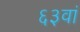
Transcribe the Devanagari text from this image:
६३वां